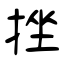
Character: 挫